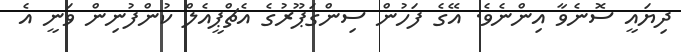
ދިޔައީ ސޮނެވާ އިންނެވެ. އޭގެ ފަހުން ސިންގަޕޫރުގެ އެޗްޕީއެލް ކުންފުނިން ވަނީ އެ